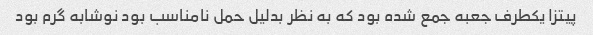
پیتزا یکطرف جعبه جمع شده بود که به نظر بدلیل حمل نامناسب بود نوشابه گرم بود